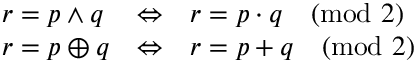
\begin{array} { l l l } { r = p \land q } & { \Leftrightarrow } & { r = p \cdot q { \pmod { 2 } } } \\ { r = p \oplus q } & { \Leftrightarrow } & { r = p + q { \pmod { 2 } } } \end{array}